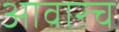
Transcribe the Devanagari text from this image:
आवारच